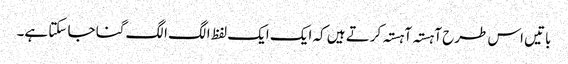
باتیں اس طرح آہستہ آہستہ کرتے ہیں کہ ایک ایک لفظ الگ الگ گنا جا سکتا ہے۔